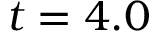
t = 4 . 0